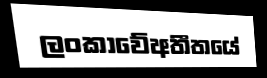
ලංකාවේඅතීතයේ